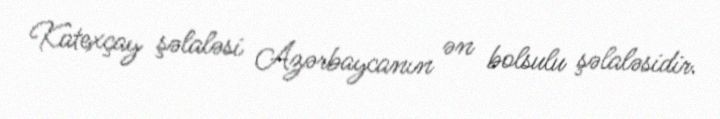
Katexçay şəlaləsi Azərbaycanın ən bolsulu şəlaləsidir.